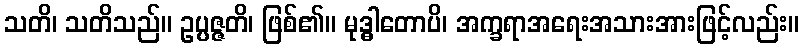
သတိ၊ သတိသည်။ ဥပ္ပဇ္ဇတိ၊ ဖြစ်၏။ မုဒ္ဓါတောပိ၊ အက္ခရာအရေးအသားအားဖြင့်လည်း။